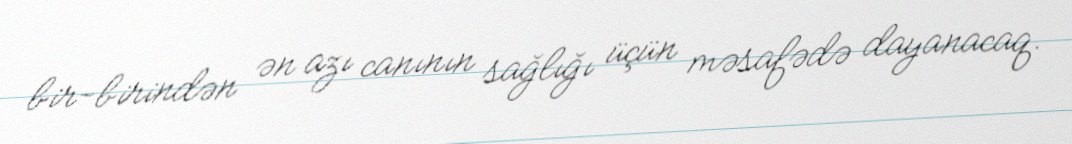
bir-birindən ən azı canının sağlığı üçün məsafədə dayanacaq.